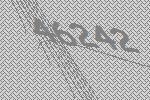
46242